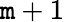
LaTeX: \mathtt{m}+1